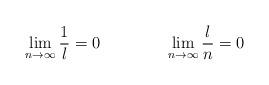
LaTeX: \begin{align*}\lim_{n\to\infty}\frac{1}{l}=0\qquad\qquad\lim_{n\to\infty}\frac{l}{n}=0\end{align*}